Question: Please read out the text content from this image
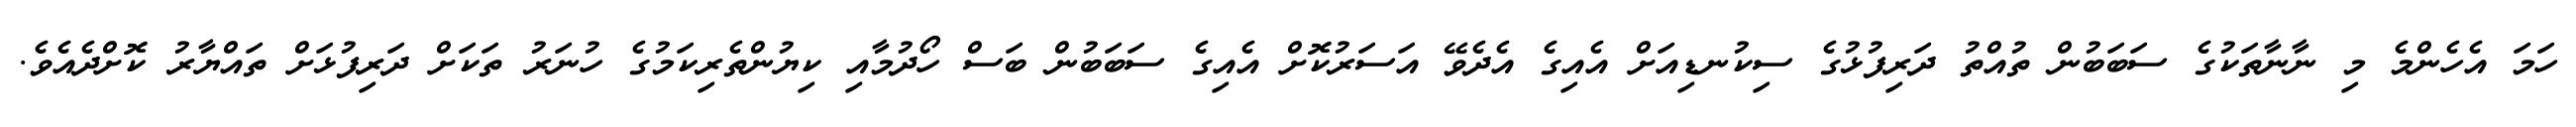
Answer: ހަމަ އެހެންމެ މި ނާނާތަކުގެ ސަބަބުން ތުއްތު ދަރިފުޅުގެ ސިކުނޑިއަށް އެއިގެ އެދެވޭ އަސަރުކޮށް އެއިގެ ސަބަބުން ބަސް ހޯދުމާއި ކިޔުންތެރިކަމުގެ ހުނަރު ތަކަށް ދަރިފުޅަށް ތައްޔާރު ކޮށްދެއެވެ.